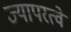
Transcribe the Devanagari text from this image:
ज्यापरत्वे